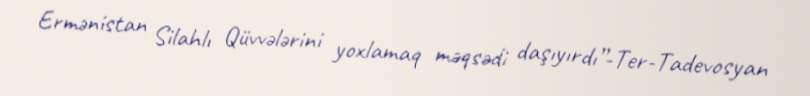
Ermənistan Silahlı Qüvvələrini yoxlamaq məqsədi daşıyırdı”-Ter-Tadevosyan